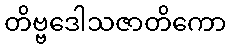
တိဗ္ဗဒေါသဇာတိကော